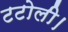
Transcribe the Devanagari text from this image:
टटोली।